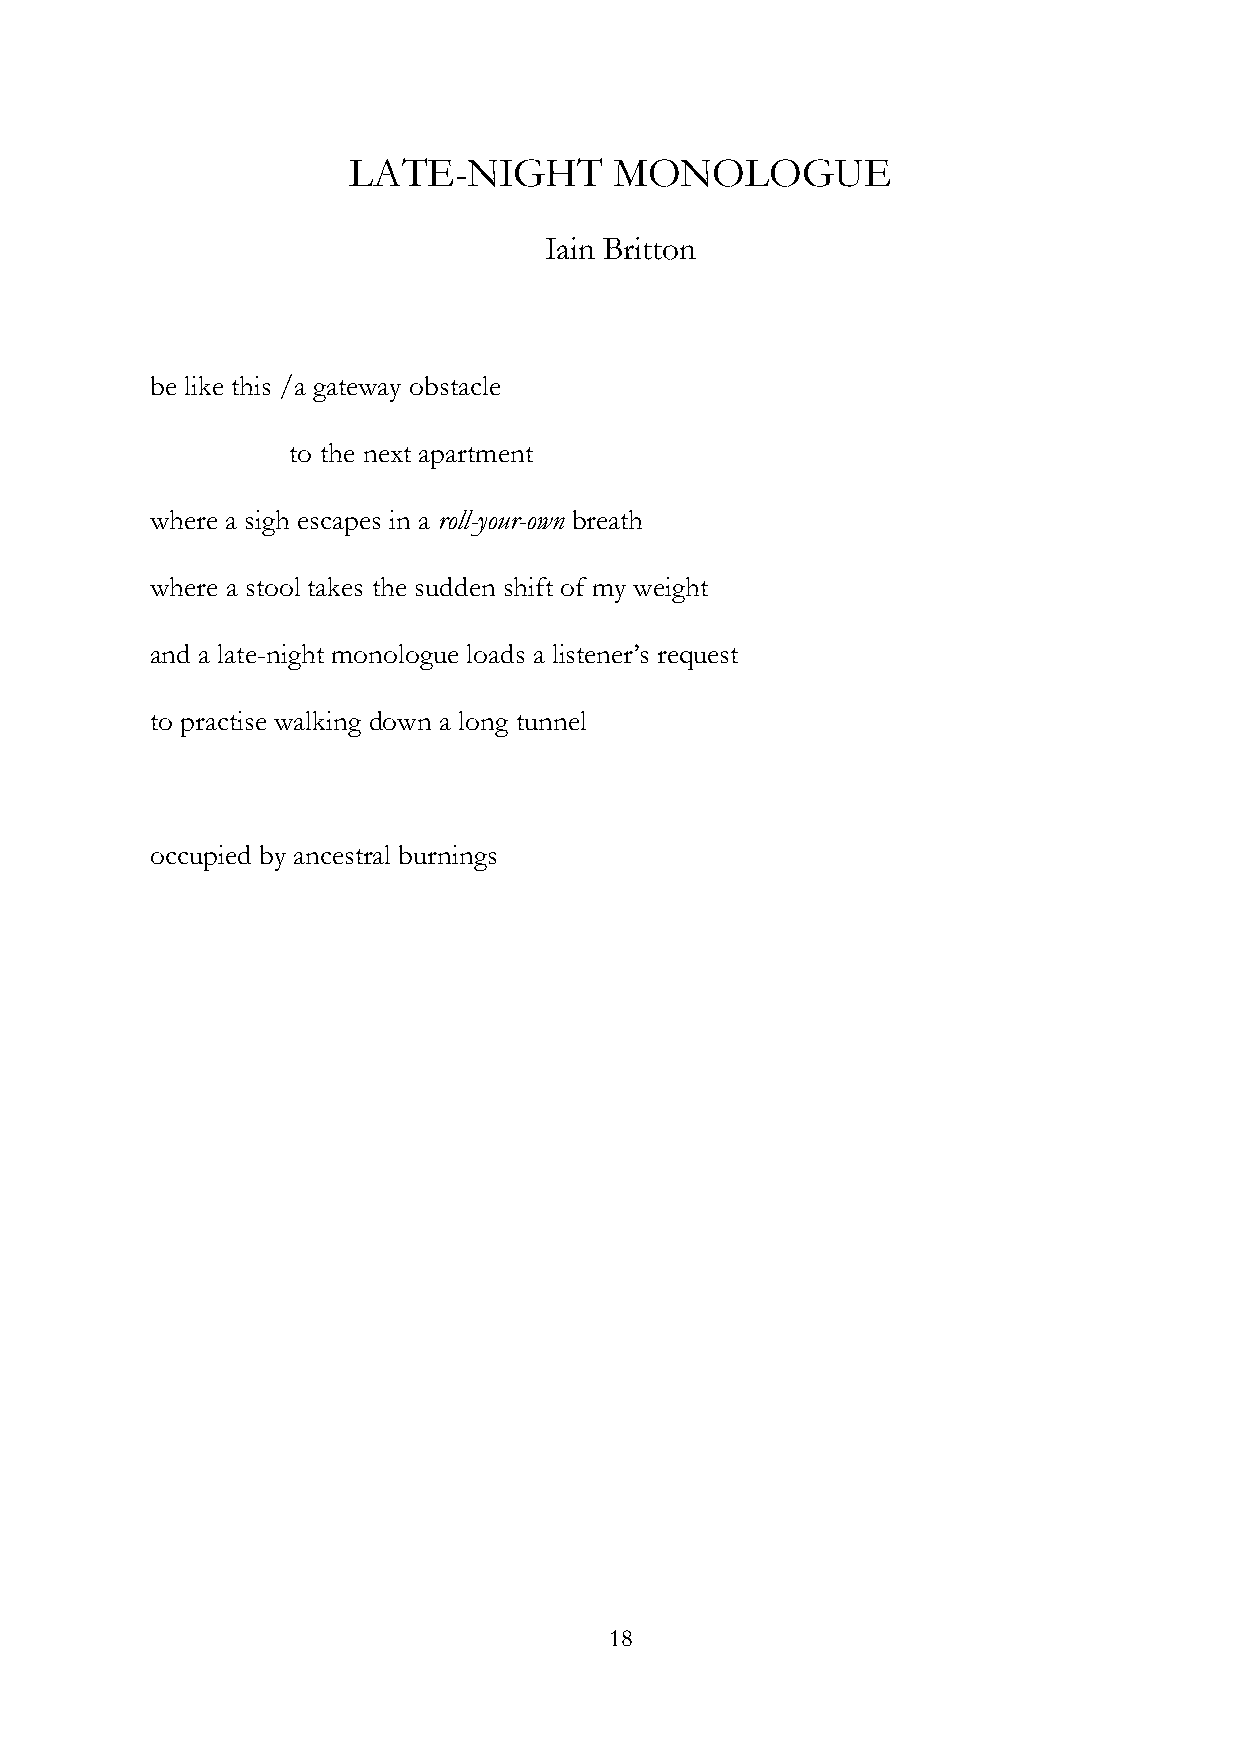
LATE-NIGHT        MONOLOGUE
 Iain Britton
 be like this /a gateway obstacle
 to the next apartment
 where a sigh escapes in a roll-your-own breath
 where a stool takes the sudden shift of my weight
 and a late-night monologue loads a listener’s request
 to practise walking down a long tunnel
 occupied by ancestral burnings
 18